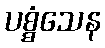
ပစ္စံသေန